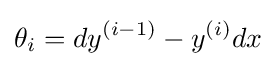
\theta _{i}=dy^{(i-1)}-y^{(i)}dx